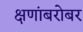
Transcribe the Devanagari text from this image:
क्षणांबरोबर